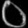
Digit: ၀